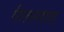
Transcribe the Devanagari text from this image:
गीलानशाह